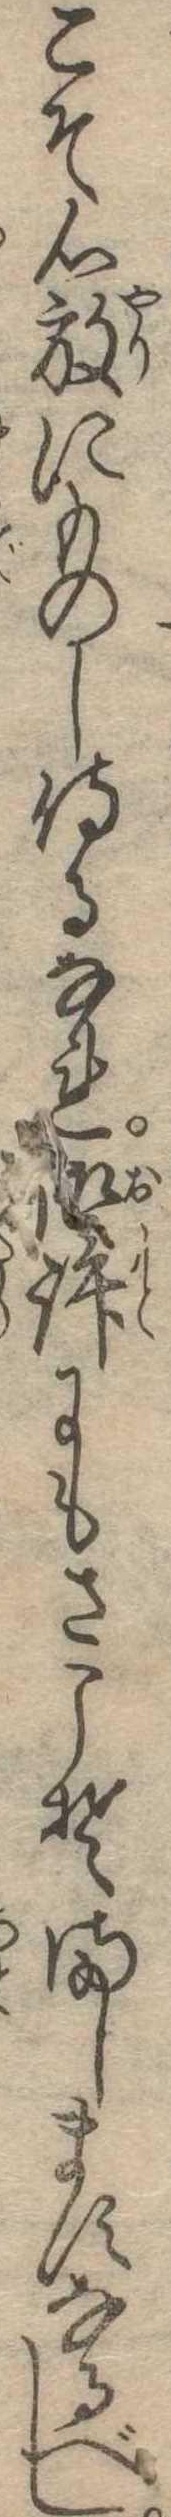
こそ心放にものし侍るなれ御許にもさこそましますなるべし